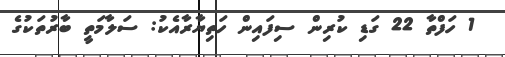
1 ހަފްތާ 22 ގަޑި ކުރިން ސިފައިން ހަތިޔާރާއެކު: ސަލާމަތީ ބާރުތަކުގެ